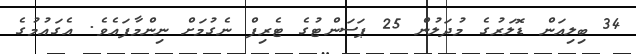
34 ބިލިއަން ޑޮލަރުގެ މުދަލުން 25 ޕަސަންޓުގެ ޓެރިފް ނެގުމަށް ނިންމާފައެވެ. އެގައުމުގެ